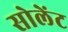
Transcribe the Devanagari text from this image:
सोलेंट